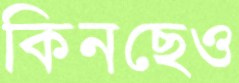
কিনছেও